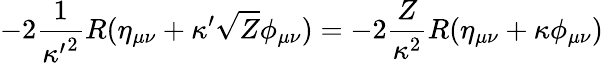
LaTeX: -2{\frac{1}{{\kappa^{\prime}}^{2}}}R(\eta_{\mu\nu}+\kappa^{\prime}\sqrt{Z}\phi_{\mu\nu})=-2{\frac{Z}{\kappa^{2}}}R(\eta_{\mu\nu}+\kappa\phi_{\mu\nu})